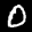
Label: 0